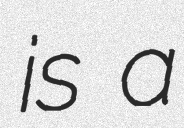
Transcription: is a